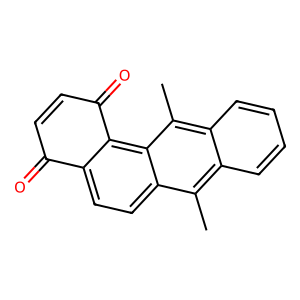
SMILES: Cc1c2ccccc2c(C)c2c3c(ccc12)C(=O)C=CC3=O
Inhibits HIV replication: No